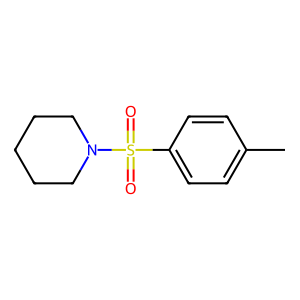
SMILES: Cc1ccc(S(=O)(=O)N2CCCCC2)cc1
Inhibits HIV replication: No